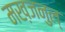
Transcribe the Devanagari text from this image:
मख़जनुल्